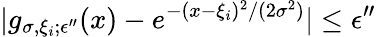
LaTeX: |g_{\sigma,\xi_{i};\epsilon^{\prime\prime}}(x)-e^{-(x-\xi_{i})^{2}/(2\sigma^{2})}|\le\epsilon^{\prime\prime}